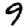
Digit: 9